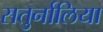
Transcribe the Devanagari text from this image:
सतुर्नालिया